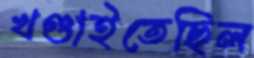
খণ্ডাইতেছিল